Annual report of the Punjab Veterinary College and of the Civil Veterinary Department, Punjab - 1920-1925
Year: 1920
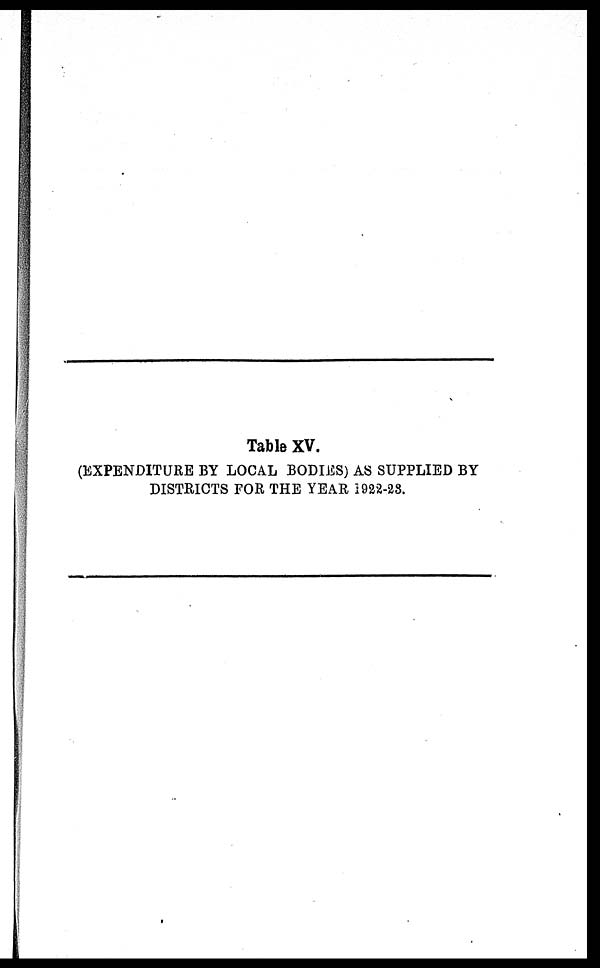
Table XV.
(EXPENDITURE BY LOCAL BODIES) AS SUPPLIED BY
DISTRICTS FOR THE YEAR 1922-23.